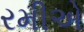
રમીએ